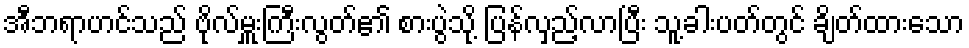
အီဘရာဟင်သည် ဗိုလ်မှူးကြီးလွတ်၏ စားပွဲသို့ ပြန်လှည့်လာပြီး သူ့ခါးပတ်တွင် ချိတ်ထားသော